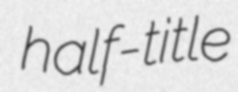
half-title